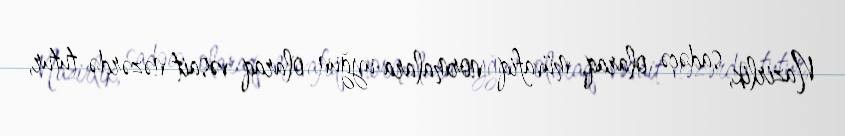
Nazirlik, sadəcə olaraq, müvafiq normalara uyğun olaraq vəsait nəzərdə tutur,